Summary of further report on surra
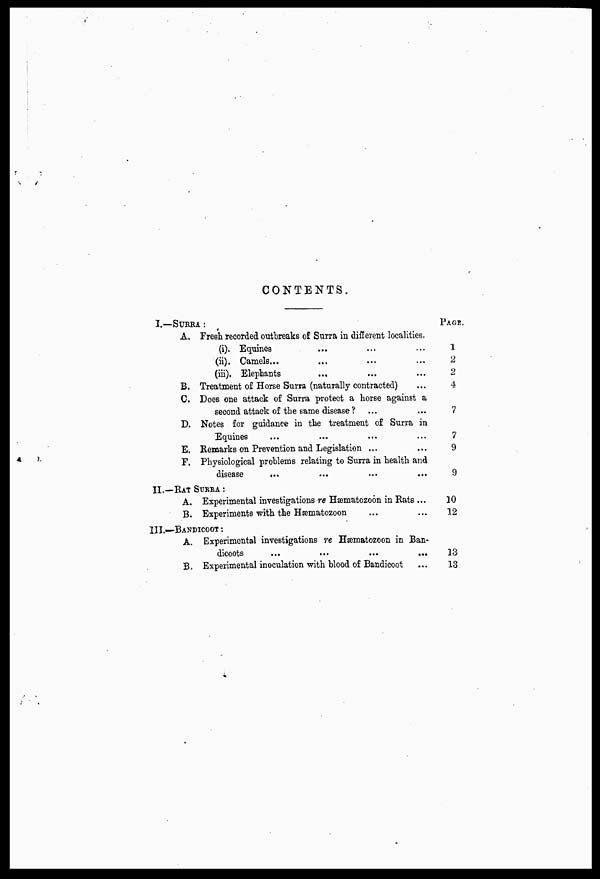
CONTENTS.
I.—SURRA :
A.
B.
C.
D.
E.
F.
Freeh recorded outbreaks of Surra in different localities.
(i). Equines
(ii). Camels...
(iii). Elephants
Treatment of Horse Surra (naturally contracted)
Does one attack of Surra protect a horse against a
second attack of the same disease ?
Notes for guidanee in the treatment of Surra in
Equines
Remarks on Prevention and Legislation ...
Physiological problems relating to Surra in health and
disease
...
II.—RAT SURRA :
A.
B.
Experimental investigations re Hæmatozoon in Rats ...
Experiments with the Hæmatozoon
III.—BANDICOOT
:
A.
B.
Experimental investigations re Hæmatozoon in Ban-
dicoots
...
...
...
,„
Experimental inoculation with blood of Bandicoot
PAGE.
1
2
2
4
7
7
9
9
10
12
13
13